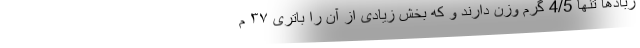
رباد‌ها تنها 4/5 گرم وزن دارند و که بخش زیادی از آن را باتری ۳۷ م